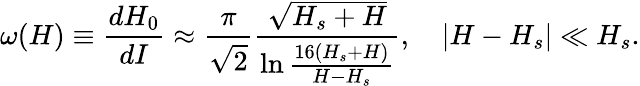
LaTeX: \omega(H)\equiv\frac{dH_{0}}{dI}\approx\frac{\pi}{\sqrt{2}}\frac{\sqrt{H_{s}+H}}{\ln{\frac{16(H_{s}+H)}{H-H_{s}}}},\quad|H-H_{s}|\ll H_{s}.